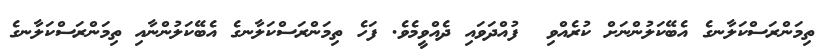
ތިމަންރަސްކަލާނގެ އެބޭކަލުންނަށް ކުރެއްވި  ފުއްދަވައި ދެއްވީމެވެ. ފަހެ ތިމަންރަސްކަލާނގެ އެބޭކަލުންނާއި ތިމަންރަސްކަލާނގެ